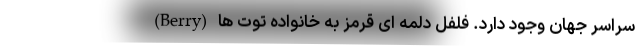
سراسر جهان وجود دارد. فلفل دلمه ای قرمز به خانواده توت ها (Berry)